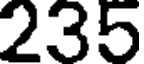
235